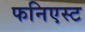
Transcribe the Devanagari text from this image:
फनिएस्ट